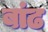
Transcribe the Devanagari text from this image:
बांढ